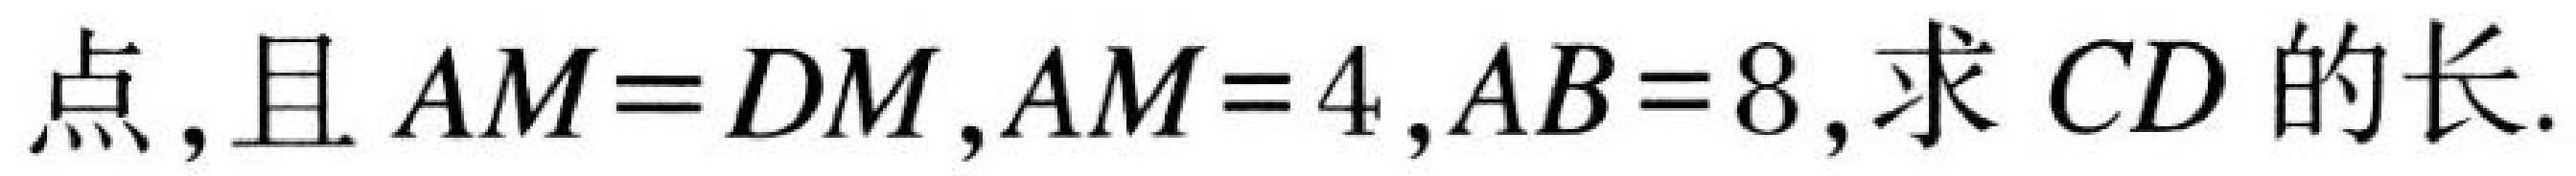
点, 且 \(AM = DM\), \(AM = 4\), \(AB = 8\), 求 \(CD\) 的长.